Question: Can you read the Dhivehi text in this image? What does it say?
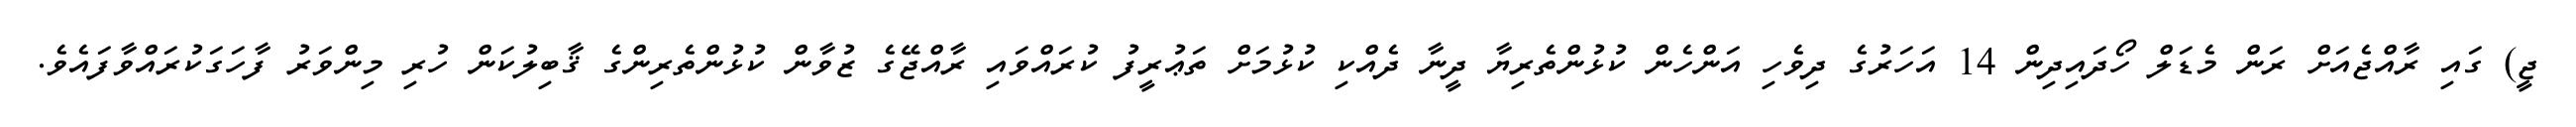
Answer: ޖީ) ގައި ރާއްޖެއަށް ރަން މެޑަލް ހޯދައިދިން 14 އަހަރުގެ ދިވެހި އަންހެން ކުޅުންތެރިޔާ ދީނާ ދެއްކި ކުޅުމަށް ތަޢުރީފު ކުރައްވައި ރާއްޖޭގެ ޒުވާން ކުޅުންތެރިންގެ ޤާބިލުކަން ހުރި މިންވަރު ފާހަގަކުރައްވާފައެވެ.